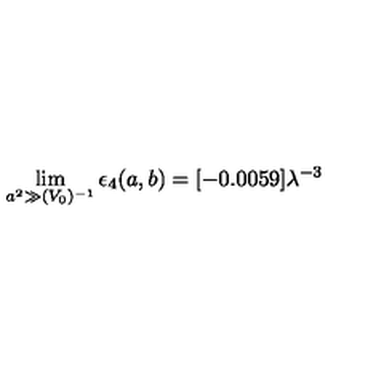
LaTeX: \lim _ { a ^ { 2 } \gg ( V _ { 0 } ) ^ { - 1 } } \epsilon _ { 4 } ( a , b ) = [ - 0 . 0 0 5 9 ] \lambda ^ { - 3 }